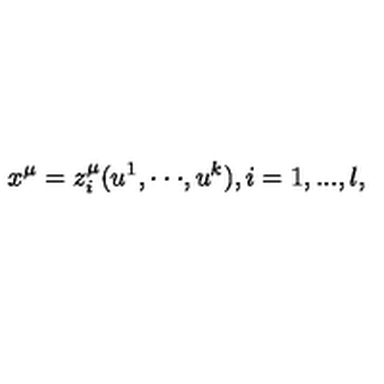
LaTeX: x ^ { \mu } = z _ { i } ^ { \mu } ( u ^ { 1 } , \cdot \cdot \cdot , u ^ { k } ) , i = 1 , . . . , l ,